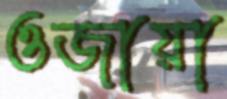
ওজায়া